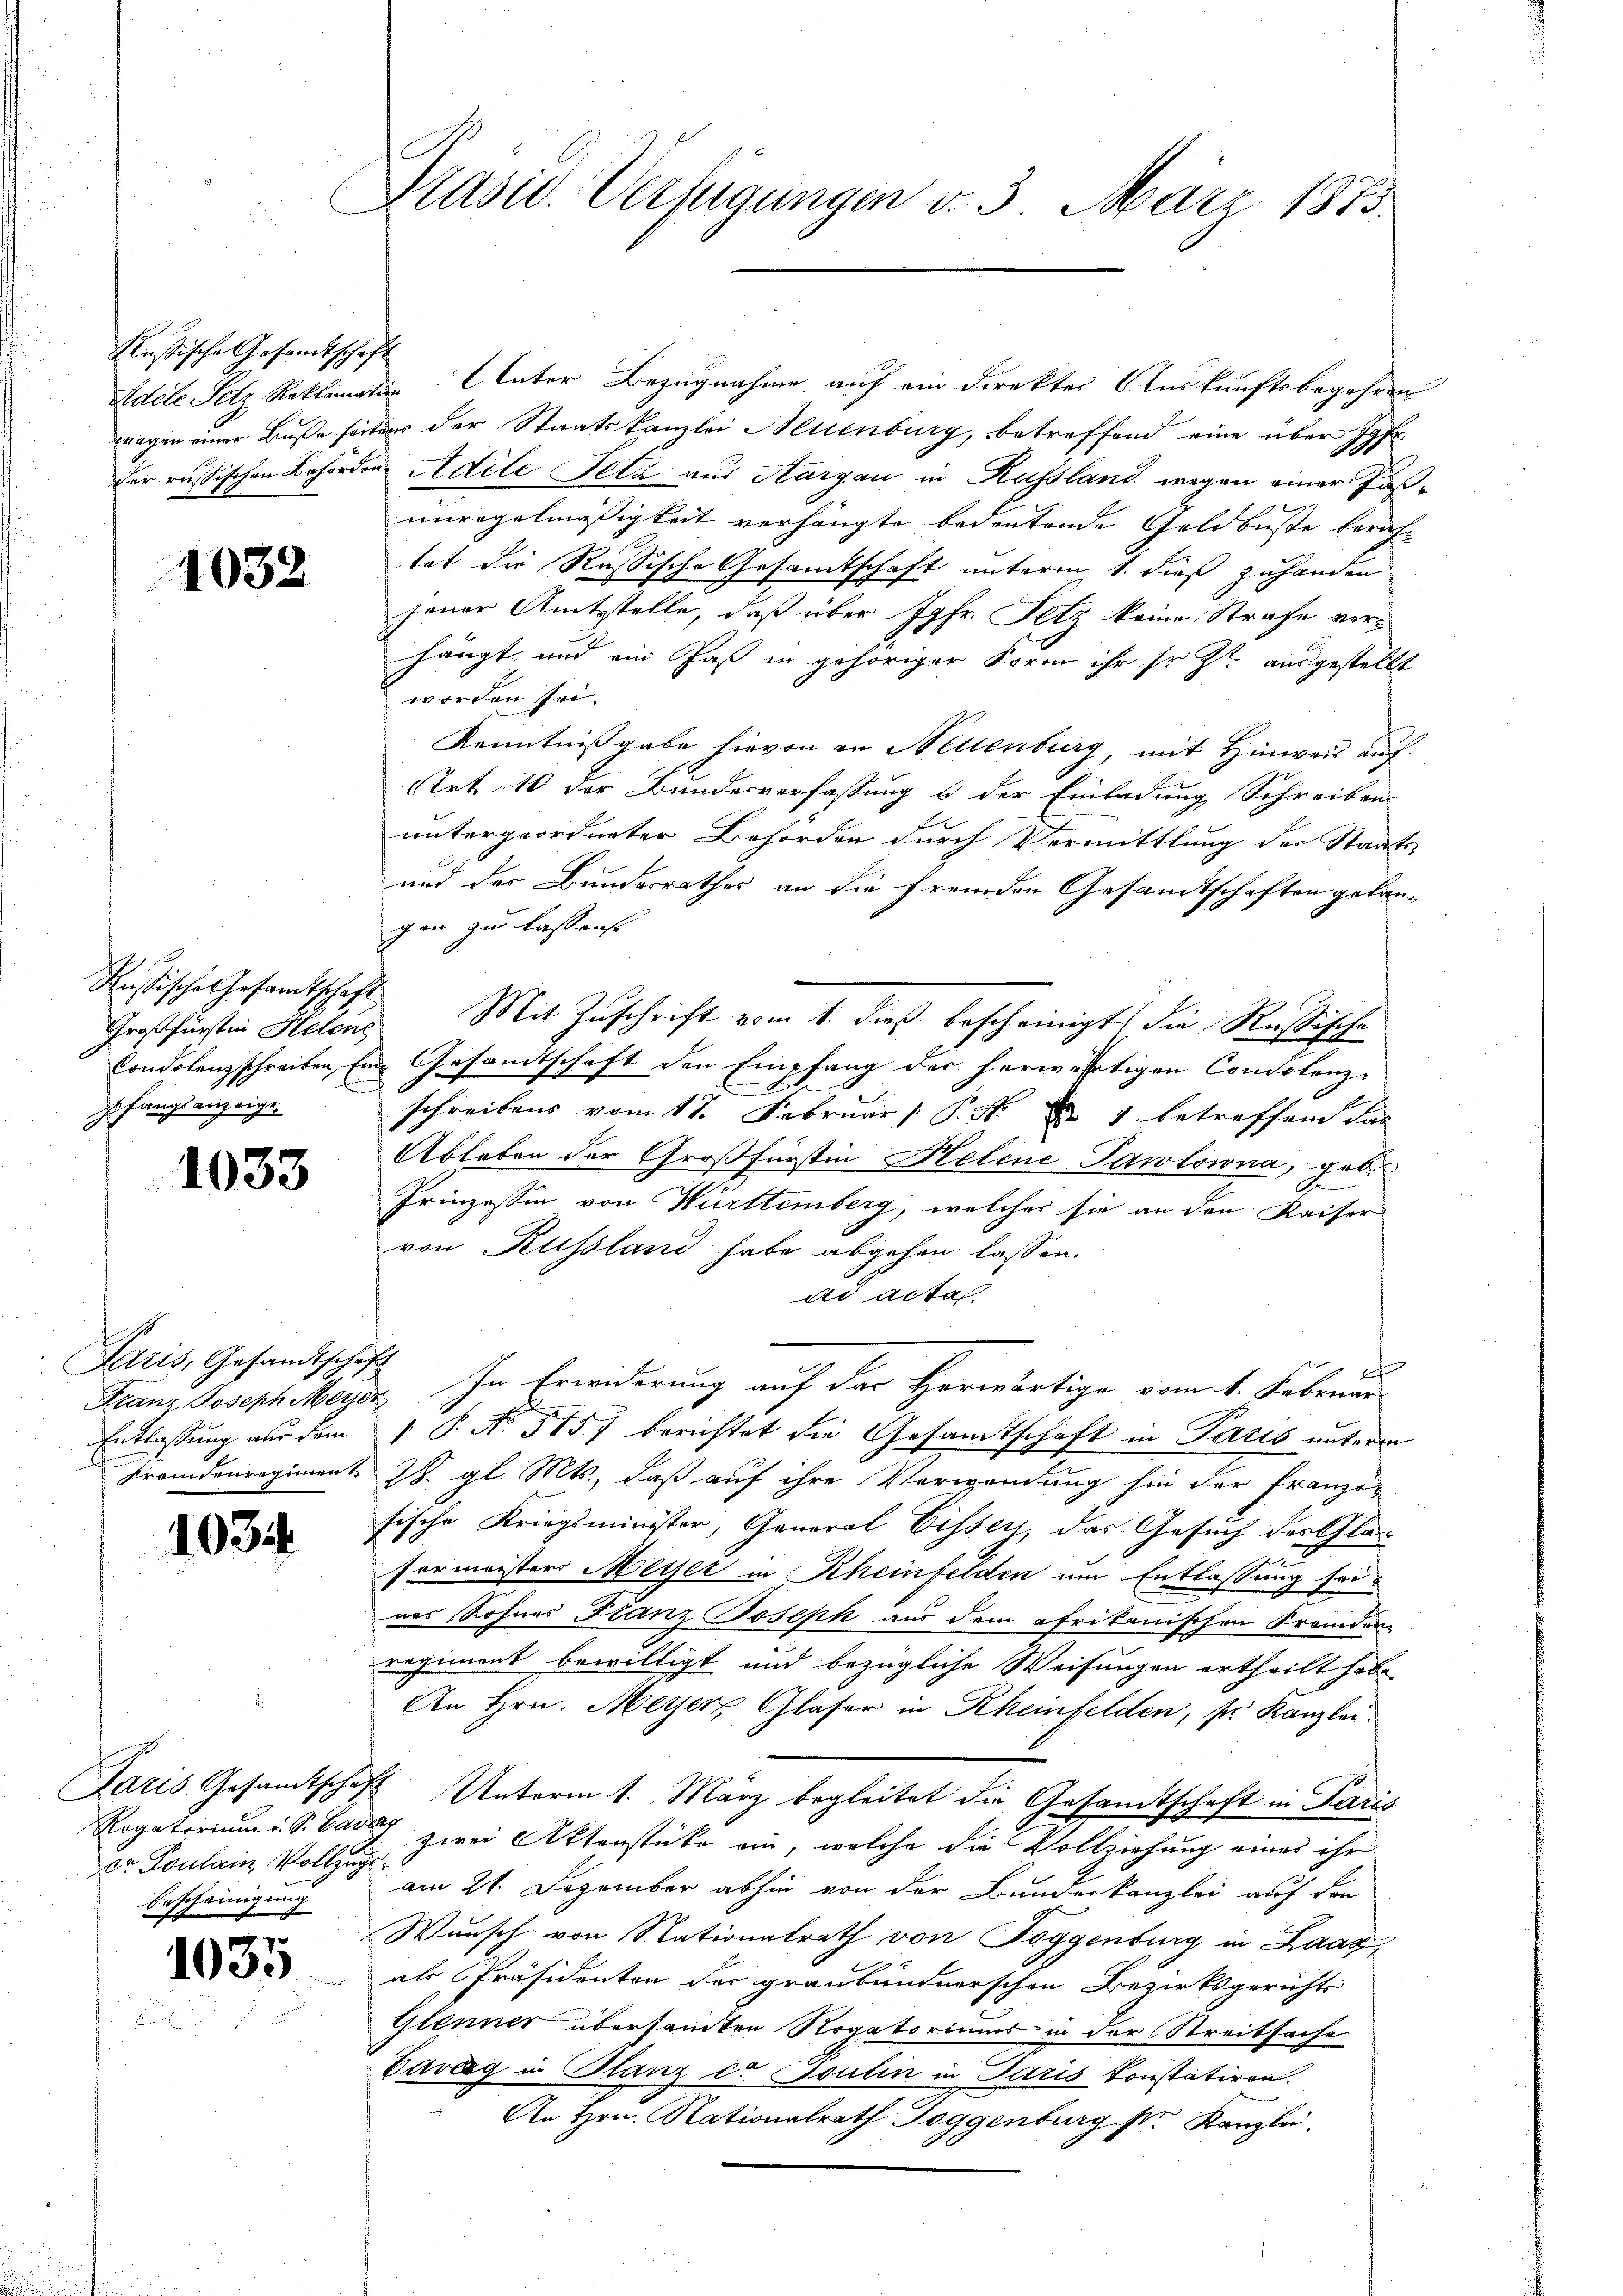
klusische Gesandtschaft

1032

Russische Gesandtschaft,

1033

Paris, Gesandtschaf
Entlassung aus dem

1035

Dr. Toulain Vollzug
Bescheinigung

1035

Präsid. Verfügungen v. 3. März 1873.

Adele Sitz Reklamation Unter Bezugnahme auf ein Direkter Auskunftsbegehren
tragen einer Buße seitdes der Staatskanzlei Allenburg, betreffend eine über Jgfr.
der russischen Behörden Adile Pelz aus Aargau in Russland wegen einer Fasunregelmässigkeit verhängte bedeutende Geldbuste beruf-
tat die Russische Gesamtschaft unterm 1. dieß zuhanden
jener Amtsstelle, daß über Jgfr. Fetz keine Strafe verhängt und ein Paß in gehöriger Form ihr sr. Zt. ausgestellt
worden sei.
Kenntnißgabe hievon in Neuenburg, mit Hinweis auf
Art 10 der Bundesverfassung & der Einladung Schreiben
untergeordneter Behörden durch Vermittlung der Staats-
und der Bundesrathes an die fremden Gesandtschaften gelangen zu lassens
Großfürsten Helene Mit Zuschrift vom 1. dieß bescheinigt die Russische
Condolenzschreiben Eine Gesandtschaft den Empfang der herwärtigen Condolenz-
pfangsanzeige schreibens vom 17. Februar (: P. Nr. 1 betreffend das
Ableben der Großfürstin Helene Pawlowna, geb.
f
Prinzessin von Württemberg, welches sie an den Kaiser
von Russland habe abgehen lassen.
ad acta
Franz Joseph Meyer. In Erwiderung auf der Herwärtige vom 1. Februar
 P. No 515) berichtet die Gesandtschaft in Paris unterm
Fremdenregiment J. gl. Mts., daß auf ihre Verwendung hin der französische Kriegsminister, General Eissers, das Gesuch des Gla¬
Formeister Meyer in Rheinfelden um Entlassung seiner Sohnes Franz Joseph aus dem ofrikanischen Fremden-
regiment bewilligt und bezügliche Weisungen ertheilt habe.
An Hrn. Meyer, Glaser in Rheinfelden, s. Kanzlei.
Paris Gesandtschaft Unterm 1. März begleitet die Gesandtschaft in Paris
Rogatorium u. S. 6 zwei Aktenstücke ein, welche die Vollziehung eines ihr
am 21. Dezember abhin von der Bundeskanzlei auf den
Wunsch von Stationalrath von Toggenburg in Laag
als Präsidenten der graubündnerschen Bezirksgerichts
Glenner übersanten Rogatoriums in der Streitsache
Caveg in Glanz c. Toulin in Paris konstatiren.
An Hrn. Nationalrath Toggenburg sr Kanzlei,